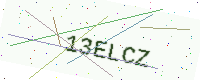
Text: 13ELCZ